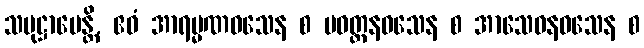
သမုဋ္ဌာပေန္တိ, ဧဝံ အာရမ္မဏဝသေန စ ပဝတ္တနဝသေန စ အာသေဝနဝသေန စ